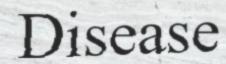
Disease